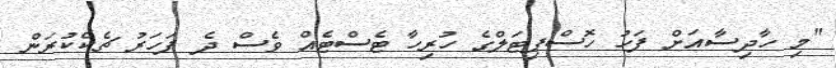
"މި ހާދިސާއަށް ފަހު ހޮސްޕިޓަލްގެ ހުރިހާ ޓެސްޓެއް ވެސް ދެ ފަހަރު ޗެކްކުރަން